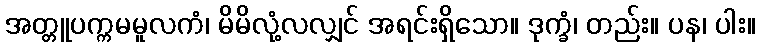
အတ္တူပက္ကမမူလကံ၊ မိမိလုံ့လလျှင် အရင်းရှိသော။ ဒုက္ခံ၊ တည်း။ ပန၊ ပါး။